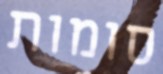
סומות